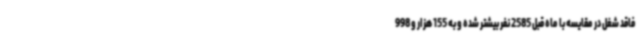
فاقد شغل در مقایسه با ماه قبل 2585 نفر بیشتر شده و به 155 هزار و 998